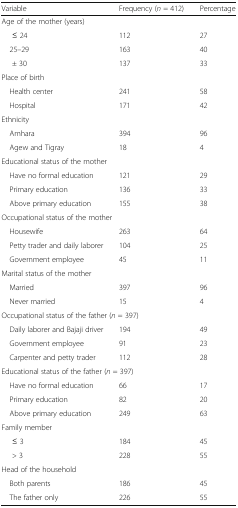
| Variable | Frequency (n = 412) | Percentage |
 | --- | --- | --- |
 | <COLSPAN=3> Age of the mother (years) |
 | ≤ 24 | 112 | 27 |
 | 25–29 | 163 | 40 |
 | ± 30 | 137 | 33 |
 | <COLSPAN=3> Place of birth |
 | Health center | 241 | 58 |
 | Hospital | 171 | 42 |
 | <COLSPAN=3> Ethnicity |
 | Amhara | 394 | 96 |
 | Agew and Tigray | 18 | 4 |
 | <COLSPAN=3> Educational status of the mother |
 | Have no formal education | 121 | 29 |
 | Primary education | 136 | 33 |
 | Above primary education | 155 | 38 |
 | <COLSPAN=3> Occupational status of the mother |
 | Housewife | 263 | 64 |
 | Petty trader and daily laborer | 104 | 25 |
 | Government employee | 45 | 11 |
 | <COLSPAN=3> Marital status of the mother |
 | Married | 397 | 96 |
 | Never married | 15 | 4 |
 | <COLSPAN=3> Occupational status of the father (n = 397) |
 | Daily laborer and Bajaji driver | 194 | 49 |
 | Government employee | 91 | 23 |
 | Carpenter and petty trader | 112 | 28 |
 | <COLSPAN=3> Educational status of the father (n = 397) |
 | Have no formal education | 66 | 17 |
 | Primary education | 82 | 20 |
 | Above primary education | 249 | 63 |
 | <COLSPAN=3> Family member |
 | ≤ 3 | 184 | 45 |
 | > 3 | 228 | 55 |
 | <COLSPAN=3> Head of the household |
 | Both parents | 186 | 45 |
 | The father only | 226 | 55 |